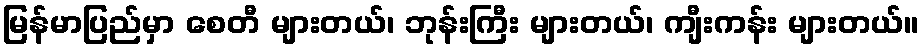
မြန်မာပြည်မှာ စေတီ များတယ်၊ ဘုန်းကြီး များတယ်၊ ကျီးကန်း များတယ်။